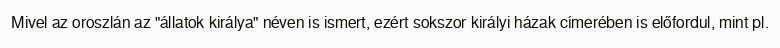
Mivel az oroszlán az "állatok királya" néven is ismert, ezért sokszor királyi házak címerében is előfordul, mint pl.